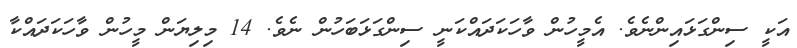
އަކީ ސިންގަޅައިންނެވެ. އެމީހުން ވާހަކަދައްކަނީ ސިންގަޅަބަހުން ނެވެ. 14 މިލިޔަން މީހުން ވާހަކަދައްކާ